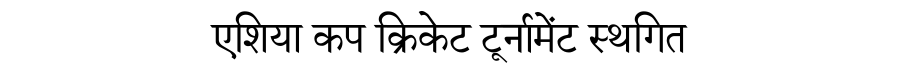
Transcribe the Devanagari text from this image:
एशिया कप क्रिकेट टूर्नामेंट स्थगित